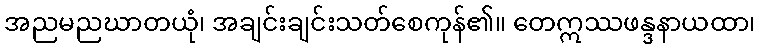
အညမညဃာတယုံ၊ အချင်းချင်းသတ်စေကုန်၏။ တေဣဿဖန္ဒနာယထာ၊